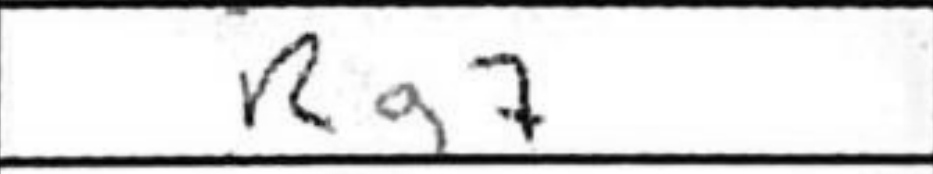
Transcription: Rg7